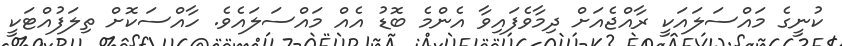
ކުނީގެ މައްސަލައަކީ ރާއްޖެއަށް ދިމާވެފައިވާ އެންމެ ބޮޑު އެއް މައްސަލައެވެ. ހާއްސަކޮށް ތިލަފުއްޓަކީ